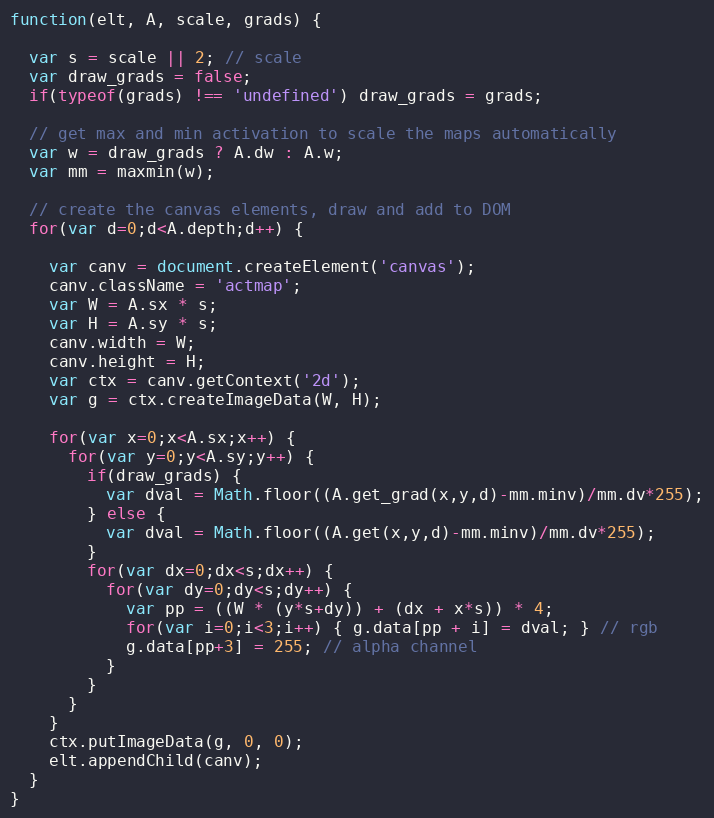
Language: JavaScript
function(elt, A, scale, grads) {

  var s = scale || 2; // scale
  var draw_grads = false;
  if(typeof(grads) !== 'undefined') draw_grads = grads;

  // get max and min activation to scale the maps automatically
  var w = draw_grads ? A.dw : A.w;
  var mm = maxmin(w);

  // create the canvas elements, draw and add to DOM
  for(var d=0;d<A.depth;d++) {

    var canv = document.createElement('canvas');
    canv.className = 'actmap';
    var W = A.sx * s;
    var H = A.sy * s;
    canv.width = W;
    canv.height = H;
    var ctx = canv.getContext('2d');
    var g = ctx.createImageData(W, H);

    for(var x=0;x<A.sx;x++) {
      for(var y=0;y<A.sy;y++) {
        if(draw_grads) {
          var dval = Math.floor((A.get_grad(x,y,d)-mm.minv)/mm.dv*255);
        } else {
          var dval = Math.floor((A.get(x,y,d)-mm.minv)/mm.dv*255);
        }
        for(var dx=0;dx<s;dx++) {
          for(var dy=0;dy<s;dy++) {
            var pp = ((W * (y*s+dy)) + (dx + x*s)) * 4;
            for(var i=0;i<3;i++) { g.data[pp + i] = dval; } // rgb
            g.data[pp+3] = 255; // alpha channel
          }
        }
      }
    }
    ctx.putImageData(g, 0, 0);
    elt.appendChild(canv);
  }
}